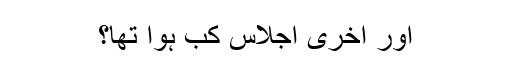
اور آخری اجلاس کب ہوا تھا؟